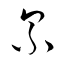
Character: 累